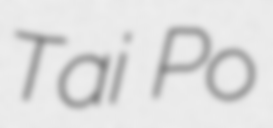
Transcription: Tai Po